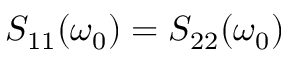
S _ { 1 1 } ( \omega _ { 0 } ) = S _ { 2 2 } ( \omega _ { 0 } )